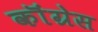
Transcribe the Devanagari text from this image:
कॊंग्रेस